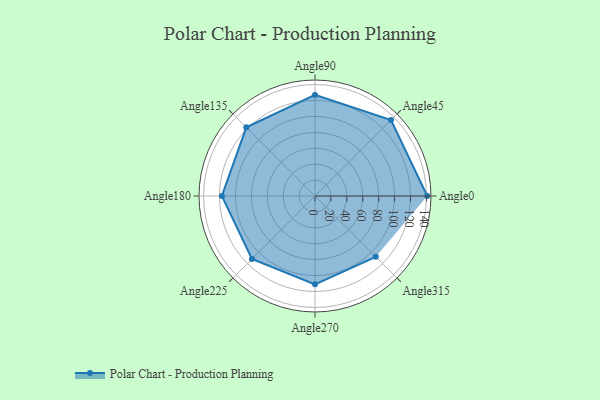
{"axis": {"x": "Angle", "y": "Radius"}, "legend": [""], "data": [{"x": "Angle0", "y": 141.0, "type": ""}, {"x": "Angle45", "y": 135.0, "type": ""}, {"x": "Angle90", "y": 127.0, "type": ""}, {"x": "Angle135", "y": 122.0, "type": ""}, {"x": "Angle180", "y": 117.0, "type": ""}, {"x": "Angle225", "y": 112.0, "type": ""}, {"x": "Angle270", "y": 111.0, "type": ""}, {"x": "Angle315", "y": 108.0, "type": ""}]}